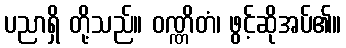
ပညာရှိ တို့သည်။ ဝဏ္ဏိတံ၊ ဖွင့်ဆိုအပ်၏။